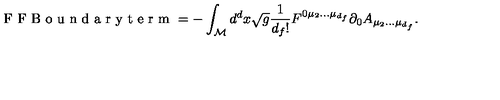
\textnormal { F F B o u n d a r y t e r m } = - \int _ { \cal M } d ^ { d } x \sqrt g \frac { 1 } { d _ { f } ! } F ^ { 0 \mu _ { 2 } . . . \mu _ { d _ { f } } } \partial _ { 0 } A _ { \mu _ { 2 } . . . \mu _ { d _ { f } } } .